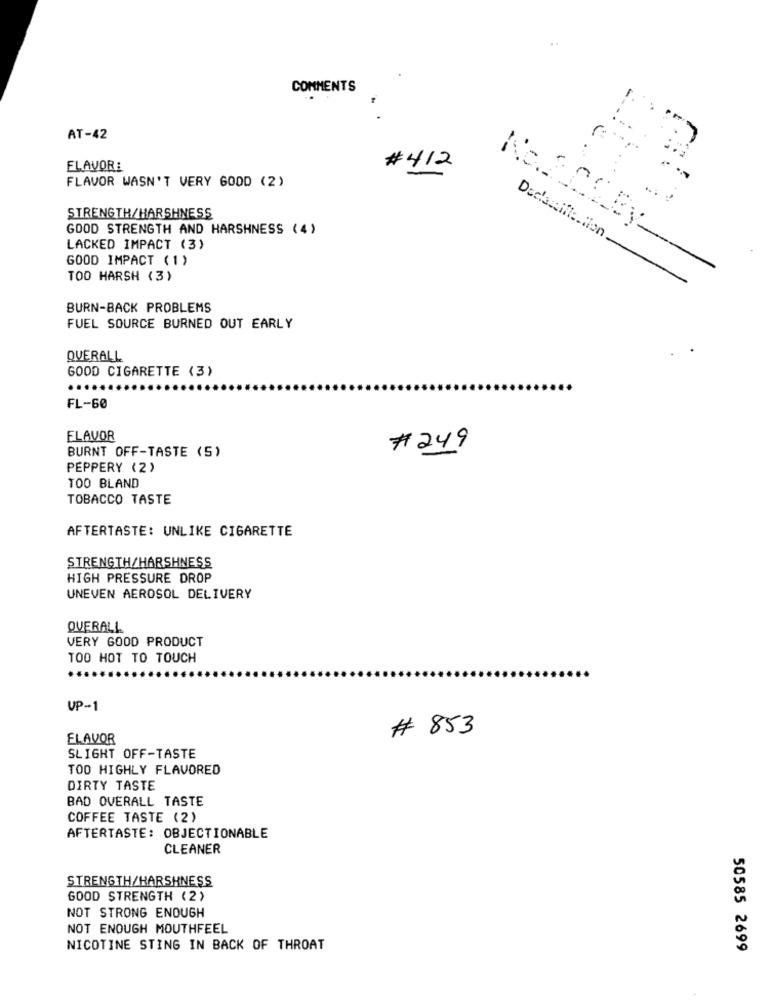
COMMENTS
.
AT-42
FLAVOR:
#412
FLAVOR WASN'T VERY GOOD (2)
STRENGTH/HARSHNESS
GOOD STRENGTH AND HARSHNESS (4)
No.200By
LACKED IMPACT (3)
GOOD IMPACT (1)
TOO HARSH (3)
BURN-BACK PROBLEMS
FUEL SOURCE BURNED OUT EARLY
QUERALL
GOOD CIGARETTE (3)
....
FL-60
FLAVOR
BURNT OFF-TASTE (S)
#249
PEPPERY (2)
TOO BLAND
TOBACCO TASTE
AFTERTASTE: UNLIKE CIGARETTE
STRENGTH/HARSHNESS
HIGH PRESSURE DROP
UNEVEN AEROSOL DELIVERY
OVERALL
VERY GOOD PRODUCT
TOO HOT TO TOUCH
VP-1
# 853
FLAVOR
SLIGHT OFF-TASTE
TOO HIGHLY FLAVORED
DIRTY TASTE
BAD OVERALL TASTE
COFFEE TASTE (2)
AFTERTASTE: OBJECTIONABLE
CLEANER
STRENGTH/HARSHNESS
GOOD STRENGTH (2)
NOT STRONG ENOUGH
NOT ENOUGH MOUTHFEEL
NICOTINE STING IN BACK OF THROAT
50585 2699